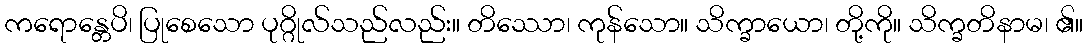
ကရောန္တေပိ၊ ပြုစေသော ပုဂ္ဂိုလ်သည်လည်း။ တိဿော၊ ကုန်သော။ သိက္ခာယော၊ တို့ကို။ သိက္ခတိနာမ၊ ၏။